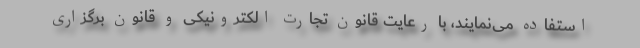
استفاده می‌نمایند، با رعایت قانون تجارت الکترونیکی و قانون برگزاری